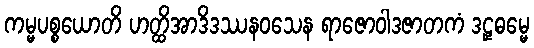
ကမ္မပစ္စယောတိ ဟတ္ထိအာဒိဒဿနဝသေန ရာဇောဝါဒဇာတကံ ဒဠှဓမ္မေ